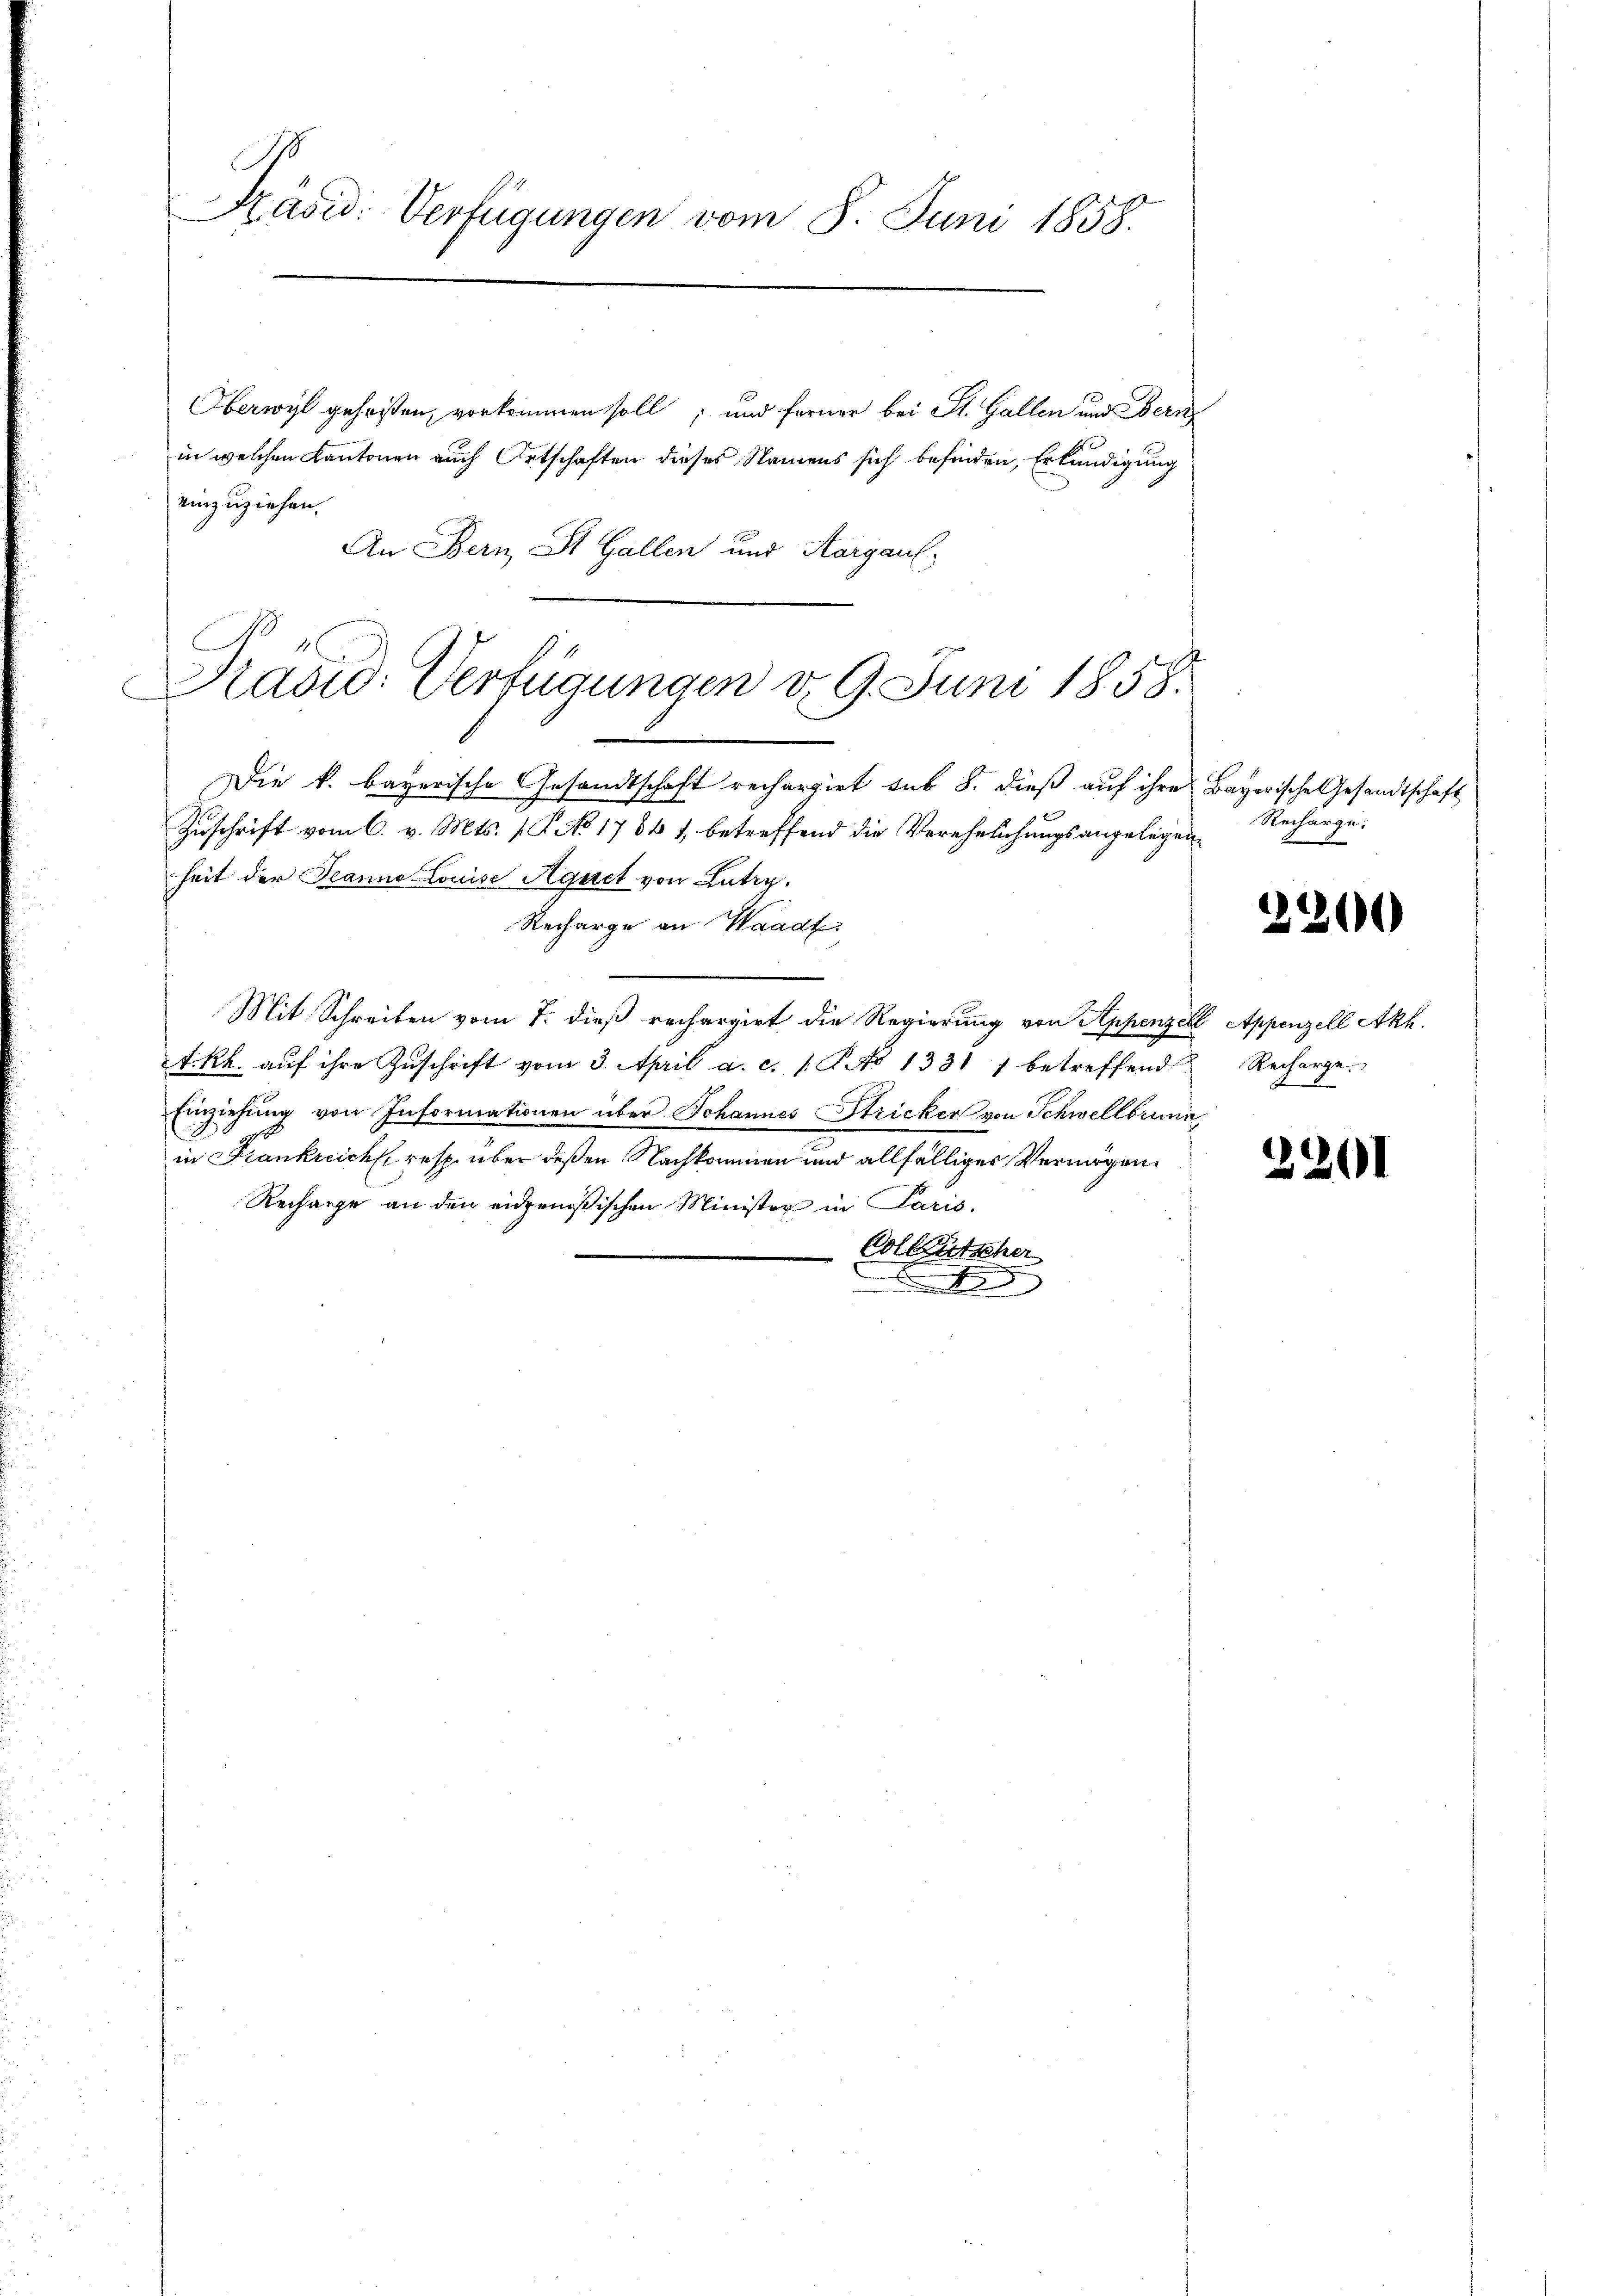
Käsid. Verfügungen vom 8. Juni 1858.

Oberwyl geheisten, vorkommen soll; und ferner bei St. Gallen und Bern
in welchen Kantonen auch Ortschaften dieses Namens sich befinden, Erkundigung
einzuziehen.
An Bern St. Gallen und Aargau,
Pradid: Verfügungen d. 9. Juni 1858.

Die k. bayerische Gesandtschaft rechargirt sub 8. dieß auf ihre Bayerische Gesandtschaft
Zuschrift vom 6. v. Mts. (T. No 1756 1, betreffend die Verehelichungsangelegenheit der Jeanno Louise Aquet von Lutry.
Recharge an Waadt
Mit Schreiben vom 7. dieß rechargirt die Regierung von Appenzen
t. Rh. aŭf ihre Zŭschrift vom 3. April a. c. s. R. No 1331 1 betreffend
Einziehung von Informationen über Johannes Stricker von Schwellbrunn
in Frankreich resp. über deßen Nachkommen und allfälliger Vermögen.
Recharge an den eidgenößischen Minister in Paris.
Colktütscher
F

Recharge.

3200

E Appenzell Akh.
Recharge.

2201